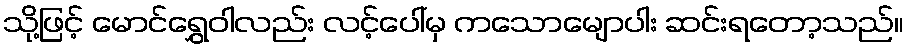
သို့ဖြင့် မောင်ရွှေဝါလည်း လင့်ပေါ်မှ ကသောမျောပါး ဆင်းရတော့သည်။